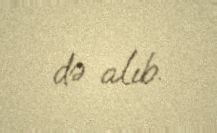
də alıb.